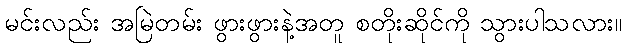
မင်းလည်း အမြဲတမ်း ဖွားဖွားနဲ့အတူ စတိုးဆိုင်ကို သွားပါသလား။